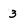
Character: 3